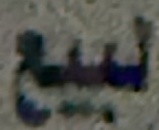
لبيع